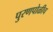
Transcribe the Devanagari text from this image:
पुरणपोळीच